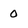
Character: 0